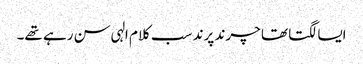
ایسا لگتا تھا چرند پرند سب کلام الہی سن رہے تھے۔